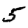
Digit: 5